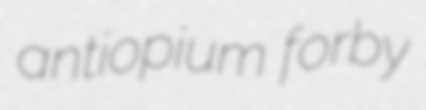
antiopium forby